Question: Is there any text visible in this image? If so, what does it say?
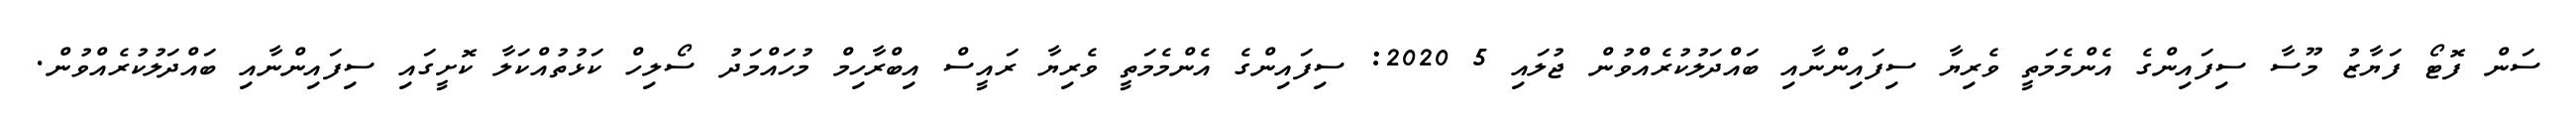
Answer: ސަން ފޮޓޯ ފަޔާޒު މޫސާ ސިފައިންގެ އެންމެމަތީ ވެރިޔާ ސިފައިންނާއި ބައްދަލުކުރެއްވުން ޖުލައި 5 2020: ސިފައިންގެ އެންމެމަތީ ވެރިޔާ ރައީސް އިބްރާހިމް މުހައްމަދު ސޯލިހް ކަޅުތުއްކަލާ ކޮށީގައި ސިފައިންނާއި ބައްދަލުކުރެއްވުން.